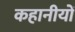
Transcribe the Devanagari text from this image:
कहानीयों